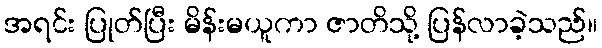
အရင်း ပြုတ်ပြီး မိန်းမယူကာ ဇာတိသို့ ပြန်လာခဲ့သည်။